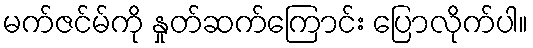
မက်ဇင်မ်ကို နှုတ်ဆက်ကြောင်း ပြောလိုက်ပါ။